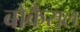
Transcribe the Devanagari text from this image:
बोकैसल